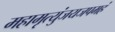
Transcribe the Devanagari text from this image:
महामृत्युंजयजपमहं